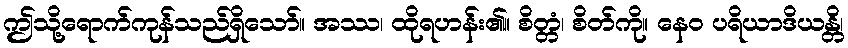
ဤသို့ရောက်ကုန်သည်ရှိသော်။ အဿ၊ ထိုရဟန်း၏။ စိတ္တံ၊ စိတ်ကို။ နေဝ ပရိယာဒိယန္တိ၊